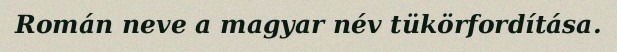
Román neve a magyar név tükörfordítása.